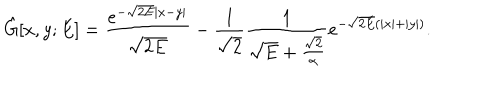
LaTeX: \hat { G } [ x , y ; E ] = \frac { e ^ { - \sqrt { 2 E } | x - y | } } { \sqrt { 2 E } } - \frac { 1 } { \sqrt { 2 } } \frac { 1 } { \sqrt { E } + \frac { \sqrt { 2 } } { \alpha } } e ^ { - \sqrt { 2 E } ( | x | + | y | ) } .